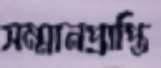
সম্মানপ্রাপ্তি